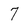
Character: 7